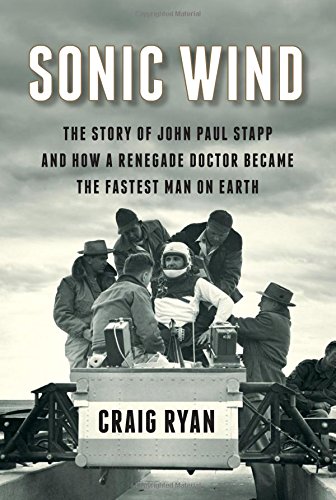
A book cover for Sonic Wind: The Story of John Paul Stapp and How a Renegade Doctor Became the Fastest Man on Earth; Craig Ryan; Biographies & Memoirs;